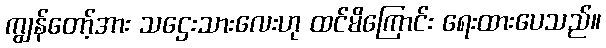
ကျွန်တော့်အား သဌေးသားလေးဟု ထင်မိကြောင်း ရေးထားပေသည်။